Vaccination report Assam 1896-1927 - 1896-1927
Year: 1896
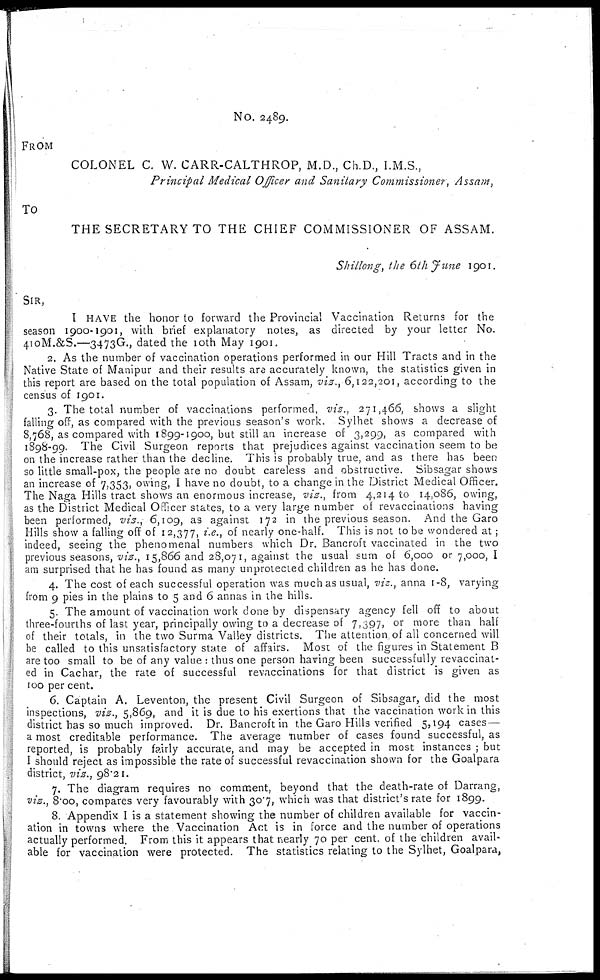
No. 2489.
FROM
COLONEL C. W. CARR-CALTHROP, M.D., Ch.D., I.M.S.,
Principal Medical Officer and Sanitary Commissioner, Assam,
TO
THE SECRETARY TO THE CHIEF COMMISSIONER OF ASSAM.
Shillong, the 6th June 1901.
SIR,
I HAVE the honor to forward the Provincial Vaccination Returns for the
season 1900-1901, with brief explanatory notes, as directed by your letter No.
410M.&S.—3473G., dated the 10th May 1901.
2. As the number of vaccination operations performed in our Hill Tracts and in the
Native State of Manipur and their results are accurately known, the statistics given in
this report are based on the total population of Assam, viz., 6,122,201, according to the
census of 1901.
3. The total number of vaccinations performed, viz., 271,466, shows a slight
falling off, as compared with the previous season's work. Sylhet shows a decrease of
8,768, as compared with 1899-1900, but still an increase of 3,299, as compared with
1898-99. The Civil Surgeon reports that prejudices against vaccination seem to be
on the increase rather than the decline. This is probably true, and as there has been
so little small-pox, the people are no doubt careless and obstructive. Sibsagar shows
an increase of 7,353, owing, I have no doubt, to a change in the District Medical Officer.
The Naga Hills tract shows an enormous increase, viz., from 4,214 to 14,086, owing,
as the District Medical Officer states, to a very large number of revaccinations having
been performed, viz., 6,109, as against 172 in the previous season. And the Garo
Hills show a falling off of 12,377, i.e., of nearly one-half. This is not to be wondered at;
indeed, seeing the phenomenal numbers which Dr. Bancroft vaccinated in the two
previous seasons, viz., 15,866 and 28,071, against the usual sum of 6,000 or 7,000, I
am surprised that he has found as many unprotected children as he has done.
4. The cost of each successful operation was much as usual, viz., anna 1-8, varying
from 9 pies in the plains to 5 and 6 annas in the hills.
5. The amount of vaccination work done by dispensary agency fell off to about
three-fourths of last year, principally owing to a decrease of 7,397, or more than half
of their totals, in the two Surma Valley districts. The attention of all concerned will
be called to this unsatisfactory state of affairs. Most of the figures in Statement B
are too small to be of any value : thus one person having been successfully revaccinat-
ed in Cachar, the rate of successful revaccinations for that district is given as
100 per cent.
6. Captain A. Leventon, the present Civil Surgeon of Sibsagar, did the most
inspections, viz., 5,869, and it is due to his exertions that the vaccination work in this
district has so much improved. Dr. Bancroft in the Garo Hills verified 5,194 cases—
a most creditable performance. The average number of cases found successful, as
reported, is probably fairly accurate, and may be accepted in most instances ; but
I should reject as impossible the rate of successful revaccination shown for the Goalpara
district, viz., 98.21.
7. The diagram requires no comment, beyond that the death-rate of Darrang,
viz., 8.00, compares very favourably with 30.7, which was that district's rate for 1899.
8. Appendix I is a statement showing the number of children available for vaccin-
ation in towns where the Vaccination Act is in force and the number of operations
actually performed. From this it appears that nearly 70 per cent. of the children avail-
able for vaccination were protected. The statistics relating to the Sylhet, Goalpara,